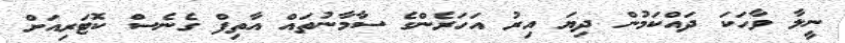
ނީލާ ވާހަކަ ދައްކަމުން ދިޔަ އިރު އަހަރެންގެ ސާމާނުތައް އާތިފް ގެނެސް ކޮޓަރިއަށް